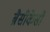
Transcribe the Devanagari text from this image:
ब्रैसीकेसी